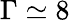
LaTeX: \Gamma\simeq 8